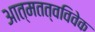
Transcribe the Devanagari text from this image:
आत्मतत्वविवेक